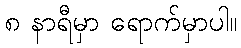
၈ နာရီမှာ ရောက်မှာပါ။